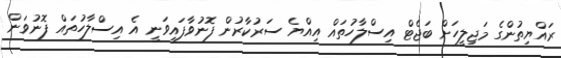
ރައްޔިތުންގެ މަޖިލީހަށް ބަޖެޓް އިސްލާހުތައް އިއްޔެ ސަރުކާރުން ފޮނުވާފައިވަނީ އެ އިސްލާހުތައް ފޮނުވަން